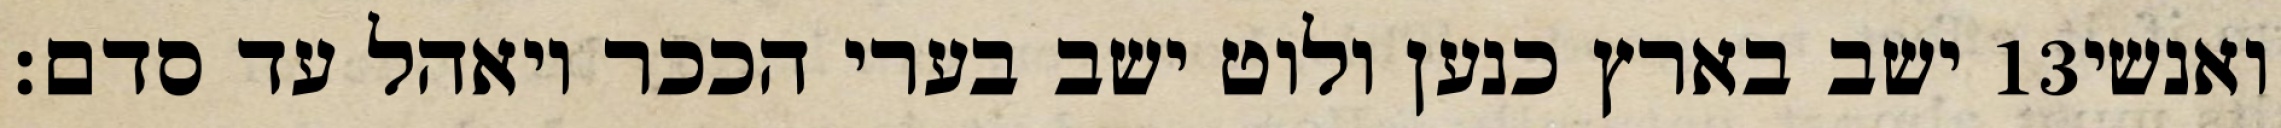
ישב בארץ כנען ולוט ישב בערי הככר ויאהל עד סדם׃ ‎13‏ ואנשי